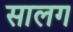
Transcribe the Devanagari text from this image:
सालग